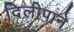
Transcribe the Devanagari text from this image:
दिलीपाने